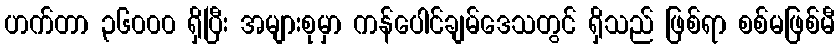
ဟက်တာ ၃၆၀၀၀ ရှိပြီး အများစုမှာ ကန်ပေါင်ချမ်ဒေသတွင် ရှိသည် ဖြစ်ရာ စစ်မဖြစ်မီ